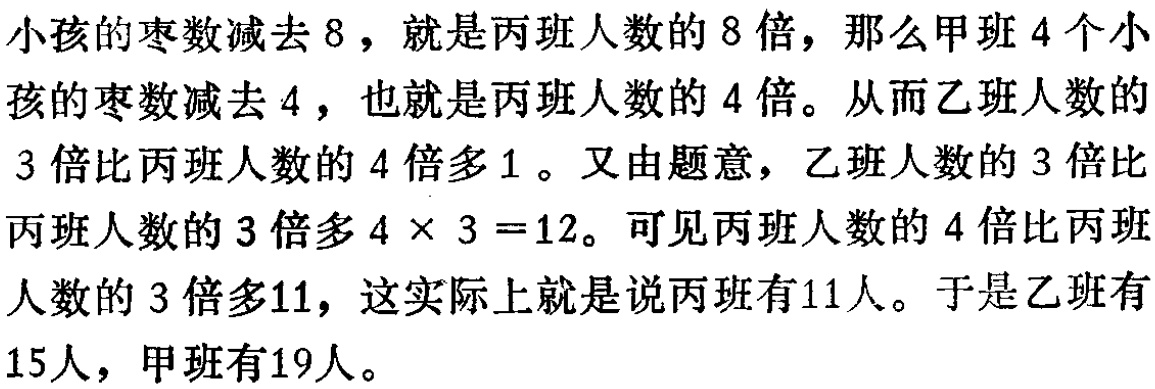
小孩的枣数减去8，就是丙班人数的8倍，那么甲班4个小孩的枣数减去4，也就是丙班人数的4倍。从而乙班人数的3倍比丙班人数的4倍多1。又由题意，乙班人数的3倍比丙班人数的3倍多\(4\times3 = 12\)。可见丙班人数的4倍比丙班人数的3倍多11，这实际上就是说丙班有11人。于是乙班有15人，甲班有19人。